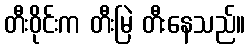
တီးဝိုင်းက တီးမြဲ တီးနေသည်။